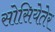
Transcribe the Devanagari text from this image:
सोसियेतेर